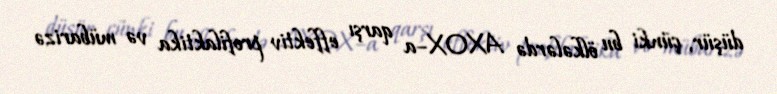
düşür, çünki bu ölkələrdə AXOX–a qarşı effektiv profilaktika və mübarizə